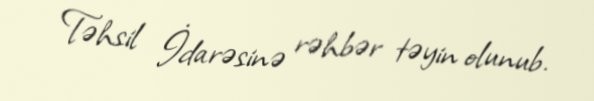
Təhsil İdarəsinə rəhbər təyin olunub.